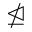
\ntrianglelefteq